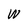
Character: W